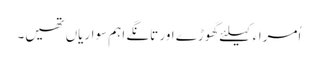
اُمراء کیلئے گھوڑے اور تانگے اہم سواریاں تھیں۔